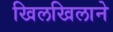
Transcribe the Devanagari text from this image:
खिलखिलाने